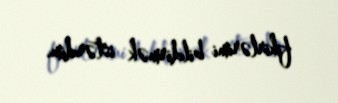
fikirlərimi bildirmək istərdim.